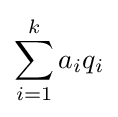
\sum _{i=1}^{k}a_{i}q_{i}